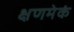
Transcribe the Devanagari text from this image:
क्षणमेकं